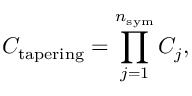
C _ { \mathrm { t a p e r i n g } } = \prod _ { j = 1 } ^ { n _ { \mathrm { s y m } } } C _ { j } ,